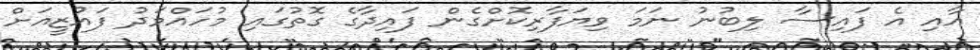
އާއި އެ ފައިސާ ލިބުނު ނަމަ ވިޔަފާރިކޮށްގެން ފައިދާގެ ގޮތުގައި މުހައްމަދު ފައުޒީއަށް